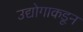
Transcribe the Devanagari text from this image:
उद्योगाकडून